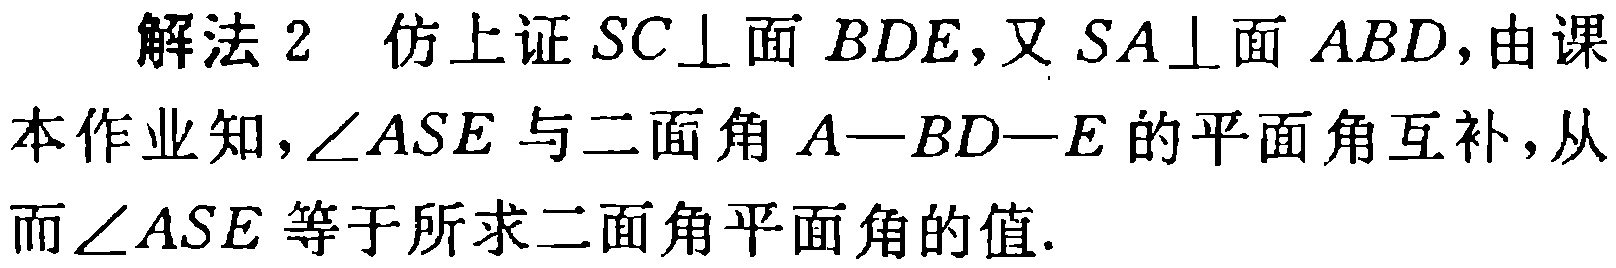
解法 2 仿上证 \(SC\perp\)面 \(BDE\)，又 \(SA\perp\)面 \(ABD\)，由课本作业知，\(\angle ASE\) 与二面角 \(A - BD - E\) 的平面角互补，从而\(\angle ASE\) 等于所求二面角平面角的值.